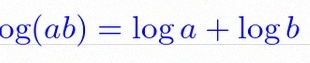
\log(ab)=\log a+\log b